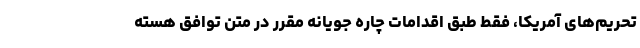
تحریم‌های آمریکا، فقط طبق اقدامات چاره جویانه مقرر در متن توافق هسته